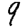
Digit: 9